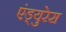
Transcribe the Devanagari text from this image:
एंड्युरेस